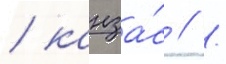
/ канза́с // /